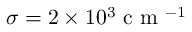
\sigma = 2 \times 1 0 ^ { 3 } \mathrm { ~ c ~ m ~ } ^ { - 1 }